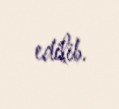
edilib.